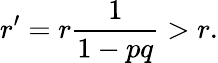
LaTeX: r^{\prime}=r{\frac{1}{1-pq}}>r.